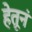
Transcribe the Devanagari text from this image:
हेतूनं